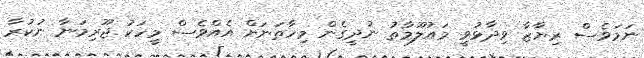
ނަމަވެސް ރިޔާޒާ ވިދާޅުވީ މައުލޫމާތު ނުދީގެން މިހާތަނަށް އެއްވެސް މީހަކު ޖޫރިމަނާ ނުކުރާ